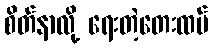
စိတ်နာလို့ ရေးတဲ့တေးထပ်